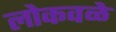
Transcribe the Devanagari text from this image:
लोकवळे